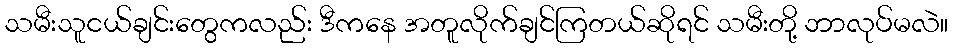
သမီးသူငယ်ချင်းတွေကလည်း ဒီကနေ အတူလိုက်ချင်ကြတယ်ဆိုရင် သမီးတို့ ဘာလုပ်မလဲ။